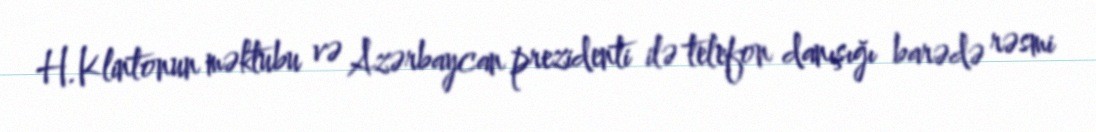
H.Klintonun məktubu və Azərbaycan prezidenti ilə telefon danışığı barədə rəsmi